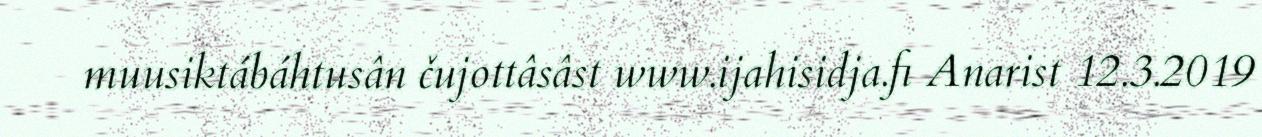
muusiktábáhtusân čujottâsâst www.ijahisidja.fi Anarist 12.3.2019